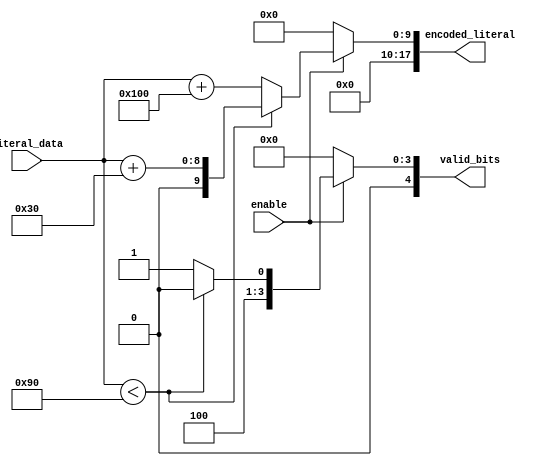
module Literal_Encoder(
  input [7:0] literal_data,
  input enable,
  output reg [17:0] encoded_literal,
  output reg [4:0] valid_bits
);

  always@* begin
    
    if(!enable) begin
      encoded_literal = 16'd0;
      valid_bits = 5'd0;
    end
    
    else if(literal_data < 8'd144) begin
      encoded_literal = literal_data + 8'd48;
      valid_bits = 5'd8;
    end 
      
    else begin
      encoded_literal = literal_data + 9'd256;
      valid_bits = 5'd9;
    end   
    
  end

endmodule